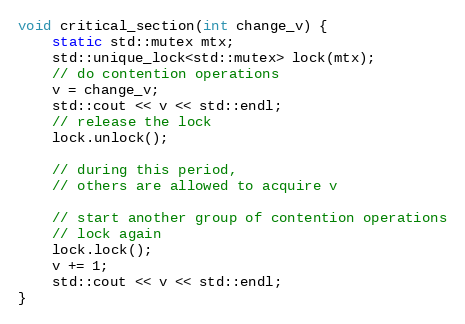
Language: C++
void critical_section(int change_v) {
    static std::mutex mtx;
    std::unique_lock<std::mutex> lock(mtx);
    // do contention operations
    v = change_v;
    std::cout << v << std::endl;
    // release the lock
    lock.unlock();

    // during this period,
    // others are allowed to acquire v

    // start another group of contention operations
    // lock again
    lock.lock();
    v += 1;
    std::cout << v << std::endl;
}